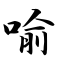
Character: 喻